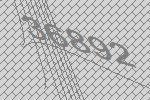
36892